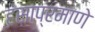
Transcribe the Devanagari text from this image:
हंसाप्रमाणे